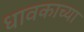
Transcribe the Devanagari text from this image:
धावकाच्या